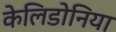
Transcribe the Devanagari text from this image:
केलिडोनिया